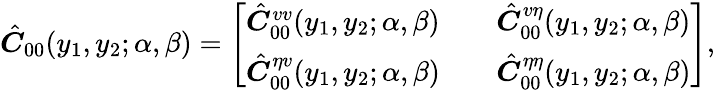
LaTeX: \hat{\boldsymbol{C}}_{00}(y_{1},y_{2};\alpha,\beta)=\left[\begin{array}{lll}{\hat{\boldsymbol{C}}_{00}^{vv}(y_{1},y_{2};\alpha,\beta)}&&{\hat{\boldsymbol{C}}_{00}^{v\eta}(y_{1},y_{2};\alpha,\beta)}\\ {\hat{\boldsymbol{C}}_{00}^{\eta v}(y_{1},y_{2};\alpha,\beta)}&&{\hat{\boldsymbol{C}}_{00}^{\eta\eta}(y_{1},y_{2};\alpha,\beta)}\end{array}\right]\mathrm{,}